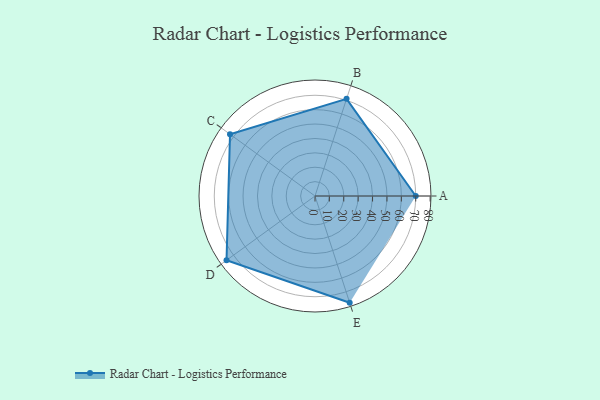
{"axis": {"x": "Skill", "y": "Score"}, "legend": ["Profile"], "data": [{"x": "A", "y": 70.0, "type": "Profile"}, {"x": "B", "y": 71.0, "type": "Profile"}, {"x": "C", "y": 73.0, "type": "Profile"}, {"x": "D", "y": 76.0, "type": "Profile"}, {"x": "E", "y": 78.0, "type": "Profile"}]}